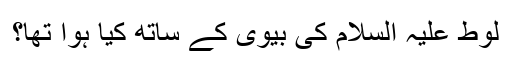
لوط علیہ السلام کی بیوی کے ساتھ کیا ہوا تھا؟